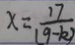
x = \frac { 1 7 } { 1 9 - k ) }